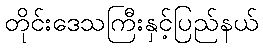
တိုင်းဒေသကြီးနှင့်ပြည်နယ်